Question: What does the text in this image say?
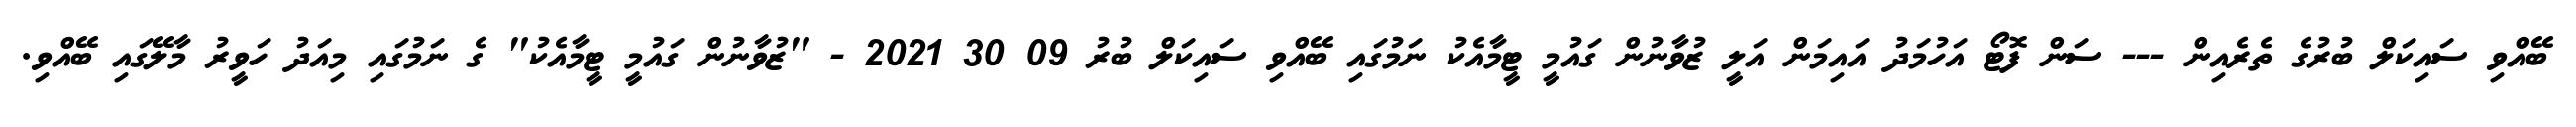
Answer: ބޭއްވި ސައިކަލް ބުރުގެ ތެރެއިން --- ސަން ފޮޓޯ އަހުމަދު އައިމަން އަލީ ޒުވާނުން ގައުމީ ޓީމާއެކު ނަމުގައި ބޭއްވި ސައިކަލް ބުރު 09 30 2021 - "ޒުވާނުން ގައުމީ ޓީމާއެކު" ގެ ނަމުގައި މިއަދު ހަވީރު މާލޭގައި ބޭއްވި.